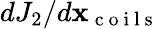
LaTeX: dJ_{2}/d\mathbf x_{\mathrm{~c~o~i~l~s~}}